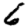
Digit: 6